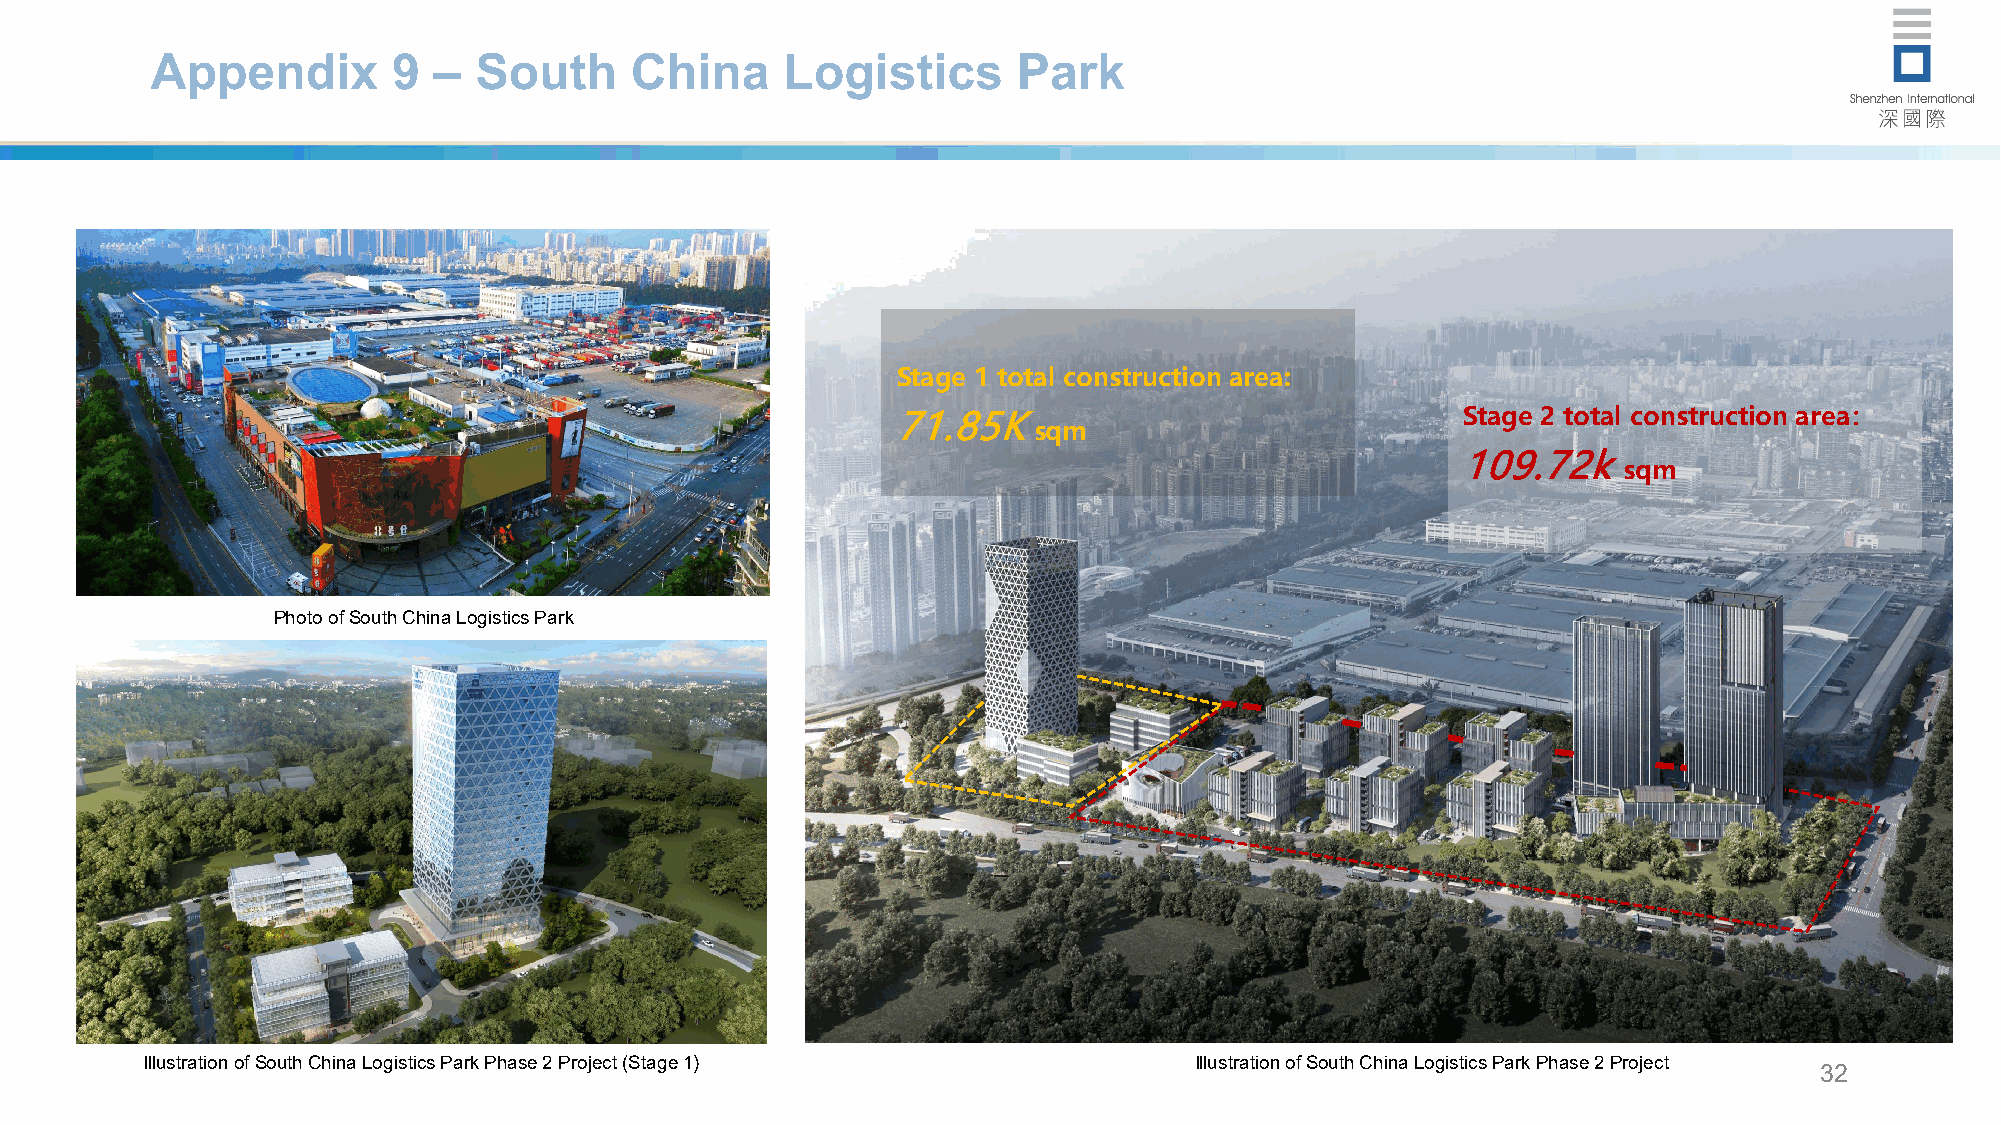
Appendix        9  – South      China     Logistics      Park
 Stage 1 total construction area:
 71.85K                                Stage 2 total construction area：
 sqm
 109.72k
 sqm
 Photo of South China Logistics Park
 Illustration of South China Logistics Park Phase 2 Project (Stage1)   Illustration of South China Logistics Park Phase 2 Project
 32